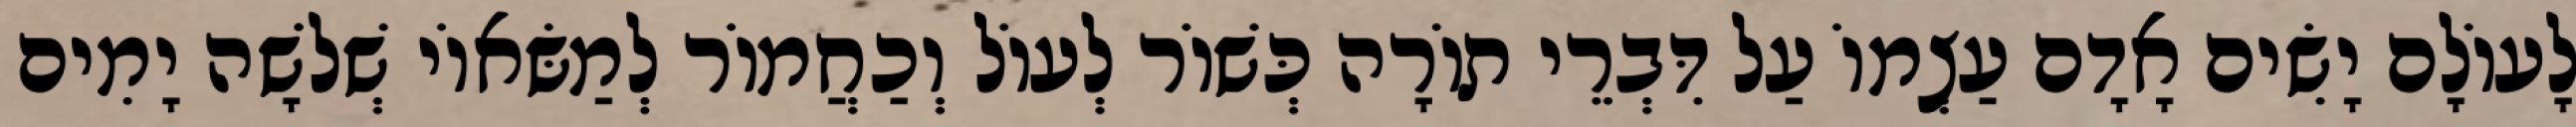
לָעוֹלָם יָשִׂים אָדָם עַצְמוֹ עַל דִּבְרֵי תוֹרָה כְּשׁוֹר לְעוֹל וְכַחֲמוֹר לְמַשּׂאוֹי שְׁלֹשָׁה יָמִים